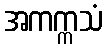
အကက္ကသံ